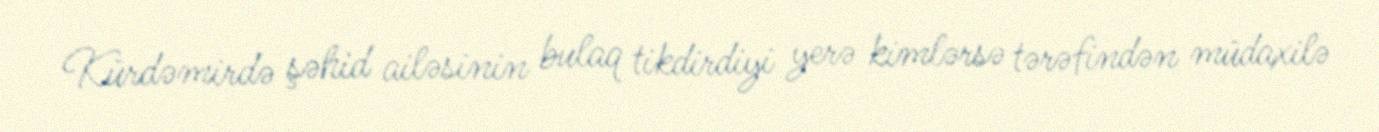
Kürdəmirdə şəhid ailəsinin bulaq tikdirdiyi yerə kimlərsə tərəfindən müdaxilə